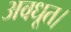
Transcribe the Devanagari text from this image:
अवधूत।